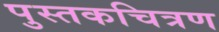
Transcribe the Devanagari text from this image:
पुस्तकचित्रण